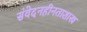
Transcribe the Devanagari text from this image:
संवेदनहीनताशास्त्र